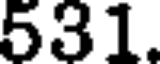
531.